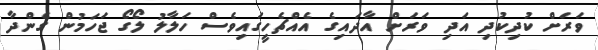
ވަރަށް ކުދިކުދި އަދި ވަރަށް އާދައިގެ އެއްޗެހީގައިވެސް ހަލާލު ލޯގޯ ޖަހަމުން ގެންދާ